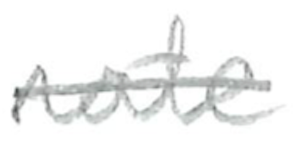
Text: rate
Cross-out: mix
Writing tool: pencil